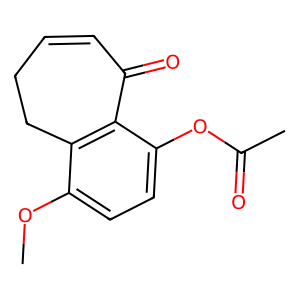
SMILES: COc1ccc(OC(C)=O)c2c1CCC=CC2=O
Inhibits HIV replication: No